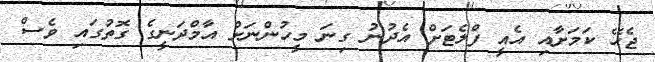
ޖެހޭ ކަމަށާއި އެއީ ފްލެޓަށް އެދުނު ގިނަ މީހުންނަށް އާމްދަނީގެ ގޮތުގައި ވެސް